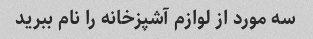
سه مورد از لوازم آشپزخانه را نام ببرید